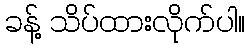
ခန့် သိပ်ထားလိုက်ပါ။